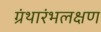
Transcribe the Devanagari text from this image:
ग्रंथारंभलक्षण